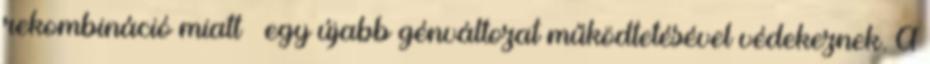
rekombináció miatt – egy újabb génváltozat működtetésével védekeznek. A